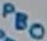
Text: PB0